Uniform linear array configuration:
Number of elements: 32
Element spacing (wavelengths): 0.25
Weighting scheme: kaiser
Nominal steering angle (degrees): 60
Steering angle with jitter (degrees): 60.271
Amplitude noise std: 0.05
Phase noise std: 0.05

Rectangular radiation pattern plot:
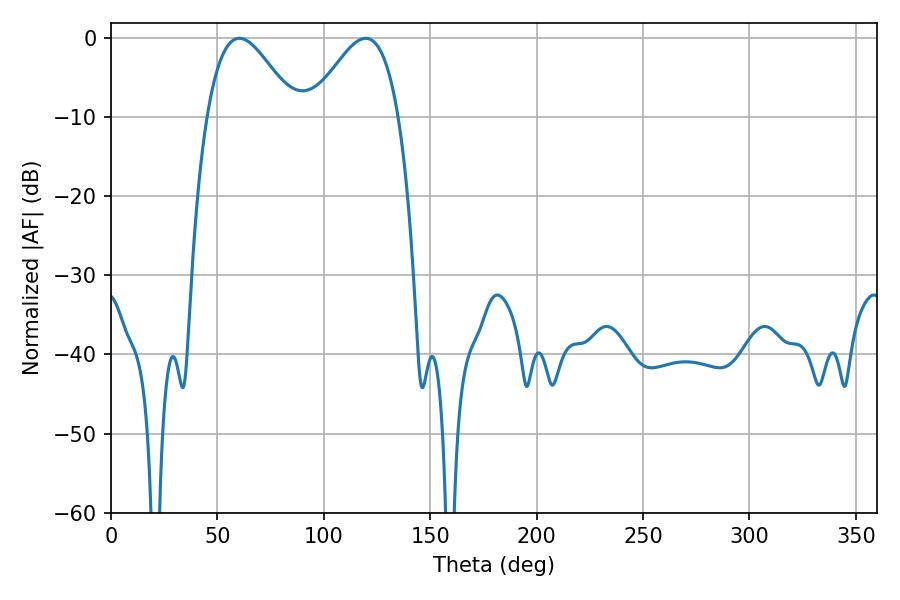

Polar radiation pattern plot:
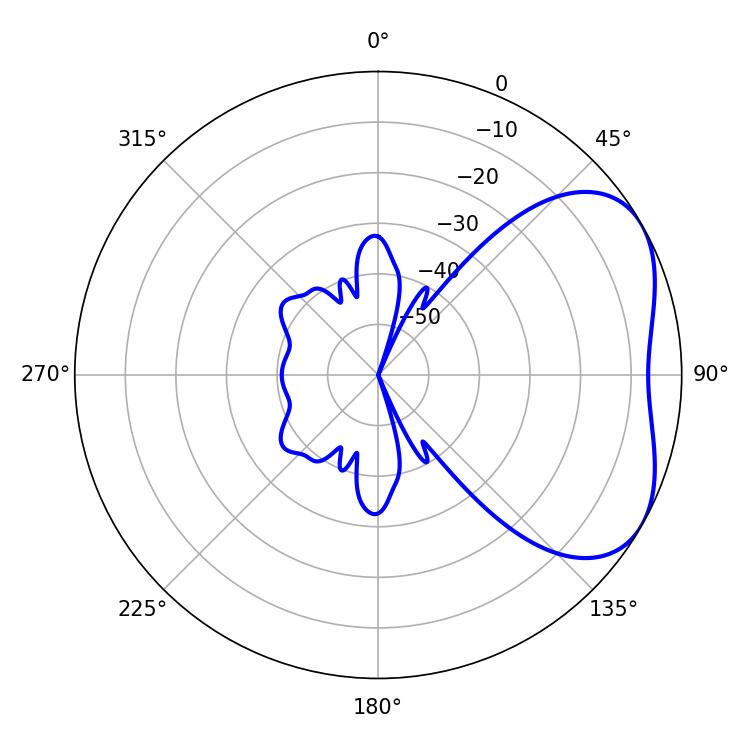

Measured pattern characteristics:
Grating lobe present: FALSE
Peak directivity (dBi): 4.145
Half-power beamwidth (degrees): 22.32
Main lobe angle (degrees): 60.3